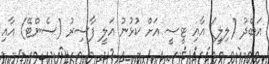
އަބްދު (ލިލީ) އާއި ޓީސީ އަށް ކުޅުނު އަލީ ފާސިރު (ސެންޓޭ) އާއި